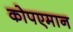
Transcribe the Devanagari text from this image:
कोपएमान